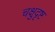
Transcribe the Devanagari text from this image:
चक्षुदृष्ट